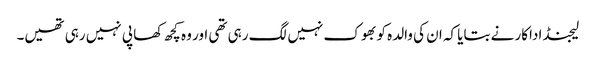
لیجنڈ اداکار نے بتایا کہ ان کی والدہ کو بھوک نہیں لگ رہی تھی اور وہ کچھ کھا پی نہیں رہی تھیں۔